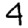
Digit: 4